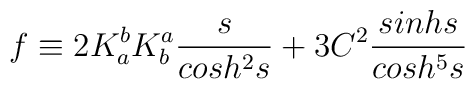
f \equiv 2  K^b_a K^a_b  \frac{s}{cosh^{2}s} + 3 C^2 \frac{sinh s}{cosh^{5}s}